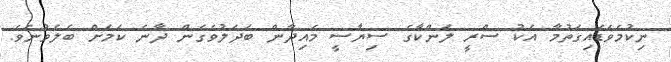
ނިކުމެވަޑައިގަތުމާ އެކު ސްރީ ލަންކާގެ ސިޔާސީ މައިދާން ބަދަލުވެގެން ދާނެ ކަމަށް ބެލެވުނެވެ.